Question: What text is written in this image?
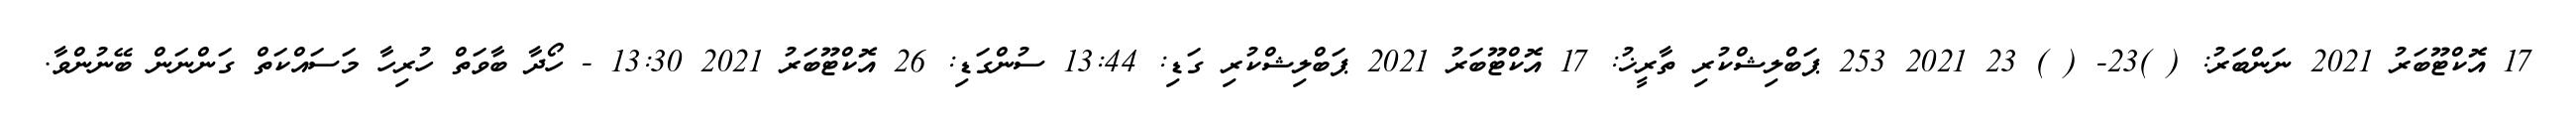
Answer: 17 އޮކްޓޫބަރު 2021 ނަންބަރު: ( )23- ( ) 23 2021 253 ޕަބްލިޝްކުރި ތާރީޚު: 17 އޮކްޓޫބަރު 2021 ޕަބްލިޝްކުރި ގަޑި: 13:44 ސުންގަޑި: 26 އޮކްޓޫބަރު 2021 13:30 - ހޯދާ ބާވަތް ހުރިހާ މަސައްކަތް ގަންނަން ބޭނުންވާ.